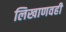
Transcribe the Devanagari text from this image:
लिखाणवही